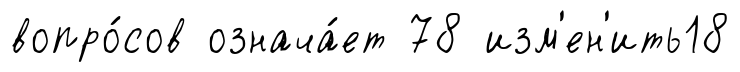
вопро́сов означа́ет 78 изм'ен'ить18